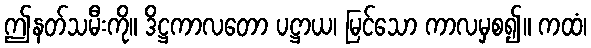
ဤနတ်သမီးကို။ ဒိဋ္ဌကာလတော ပဋ္ဌာယ၊ မြင်သော ကာလမှစ၍။ ကထံ၊